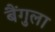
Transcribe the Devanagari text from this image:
बैंगुला